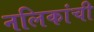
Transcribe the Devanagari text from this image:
नलिकांची